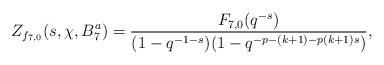
LaTeX: \begin{align*}Z_{f_{7, 0}}(s, \chi, B_7^a)=\dfrac{F_{7, 0}(q^{-s})}{(1-q^{-1-s})(1-q^{-p-(k+1)-p(k+1)s})},\end{align*}